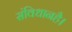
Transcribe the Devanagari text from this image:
संविधानहै।